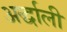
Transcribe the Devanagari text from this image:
अर्द्धाली